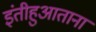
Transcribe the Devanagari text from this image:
इंतीहुआताना